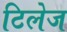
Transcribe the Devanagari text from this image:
टिलेज